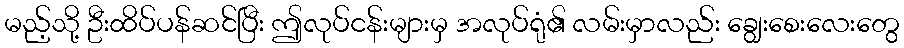
မည့်သို့ ဦးထိပ်ပန်ဆင်ပြီး ဤလုပ်ငန်းများမှ အလုပ်ရုံ၏ လမ်းမှာလည်း ချွေးစေးလေးတွေ